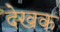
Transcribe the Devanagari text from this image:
देखक